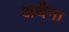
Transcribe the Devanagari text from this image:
अथैना